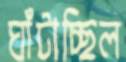
ঘাঁটাচ্ছিল